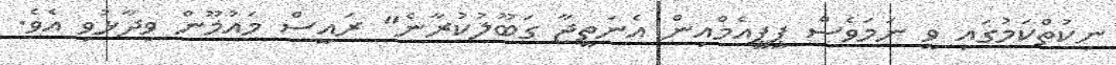
ނިކުތްކަމުގައި ވީ ނަމަވެސް ޕީޕީއެމްއިން އެނަތީޖާ ގަބޫލުކުރާނެ" ރައީސް މައުމޫން ވިދާޅުވި އެވެ.